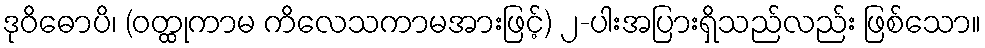
ဒုဝိဓောပိ၊ (ဝတ္ထုကာမ ကိလေသကာမအားဖြင့်) ၂-ပါးအပြားရှိသည်လည်း ဖြစ်သော။